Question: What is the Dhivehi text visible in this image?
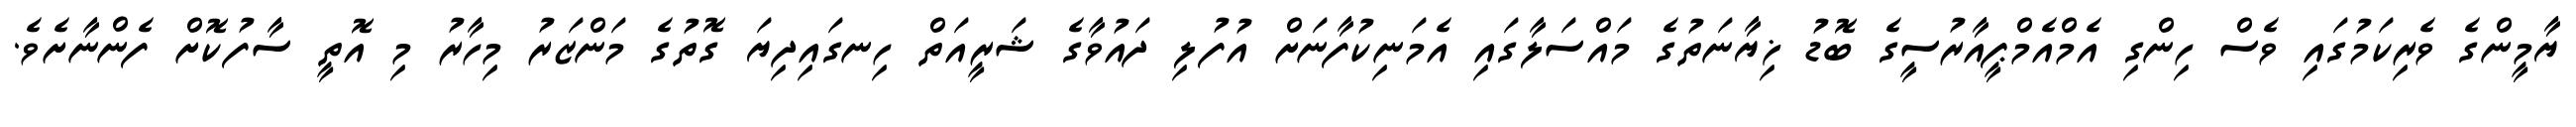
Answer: ޔާމީންގެ ވެރިކަމުގައި ވެސް ހިންގި އެމްއެމްޕީއާރުސީގެ ބޮޑު ޚިޔާނަތުގެ މައްސަލާގައި އެމަނިކުފާނަށް އުފުލި ދައުވާގެ ޝަރީއަތް ހިނގައިދިޔަ ގޮތުގެ މަންޒަރު މިހާރު މި އޮތީ ސާފުކޮށް ފެންނާށެވެ.